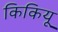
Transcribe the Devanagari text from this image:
किकियू